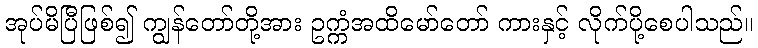
အုပ်မိပြီဖြစ်၍ ကျွန်တော်တို့အား ဥက္ကံအထိမော်တော် ကားနှင့် လိုက်ပို့စေပါသည်။